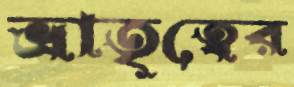
ভ্রাতৃত্বের